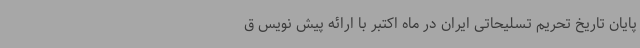
پایان تاریخ تحریم تسلیحاتی ایران در ماه اکتبر با ارائه پیش نویس ق